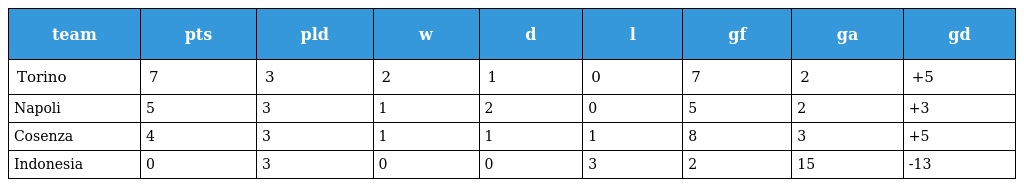
| team | pts | pld | w | d | l | gf | ga | gd |
 | --- | --- | --- | --- | --- | --- | --- | --- | --- |
 | Torino | 7 | 3 | 2 | 1 | 0 | 7 | 2 | +5 |
 | Napoli | 5 | 3 | 1 | 2 | 0 | 5 | 2 | +3 |
 | Cosenza | 4 | 3 | 1 | 1 | 1 | 8 | 3 | +5 |
 | Indonesia | 0 | 3 | 0 | 0 | 3 | 2 | 15 | -13 |